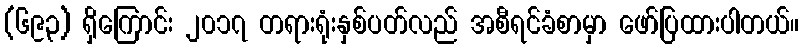
(၆၉၃) ရှိကြောင်း ၂၀၁၇ တရားရုံးနှစ်ပတ်လည် အစီရင်ခံစာမှာ ဖော်ပြထားပါတယ်။